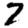
Digit: 7